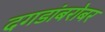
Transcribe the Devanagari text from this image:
दगडांबरोबर